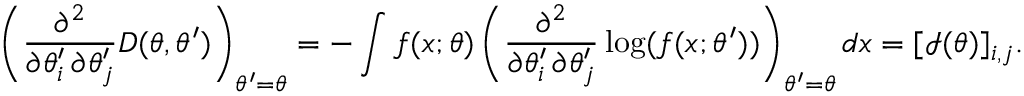
\left( { \frac { \partial ^ { 2 } } { \partial \theta _ { i } ^ { \prime } \, \partial \theta _ { j } ^ { \prime } } } D ( \theta , \theta ^ { \prime } ) \right) _ { \theta ^ { \prime } = \theta } = - \int f ( x ; \theta ) \left( { \frac { \partial ^ { 2 } } { \partial \theta _ { i } ^ { \prime } \, \partial \theta _ { j } ^ { \prime } } } \log ( f ( x ; \theta ^ { \prime } ) ) \right) _ { \theta ^ { \prime } = \theta } d x = [ { \mathcal { I } } ( \theta ) ] _ { i , j } .